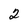
Character: 2